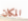
المكان